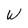
Character: W